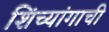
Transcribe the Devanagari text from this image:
शिंच्यांगाची